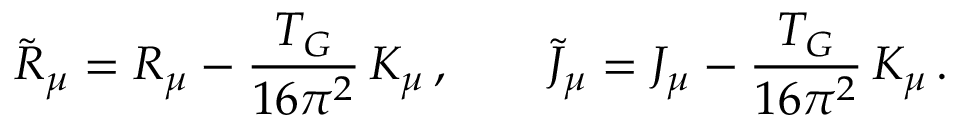
\tilde { R } _ { \mu } = R _ { \mu } - \frac { T _ { G } } { 1 6 \pi ^ { 2 } } \, { K } _ { \mu } \, , \qquad \tilde { \cal J } _ { \mu } = { \cal J } _ { \mu } - \frac { T _ { G } } { 1 6 \pi ^ { 2 } } \, { \cal K } _ { \mu } \, .